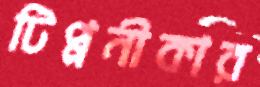
টিপ্পনীকার